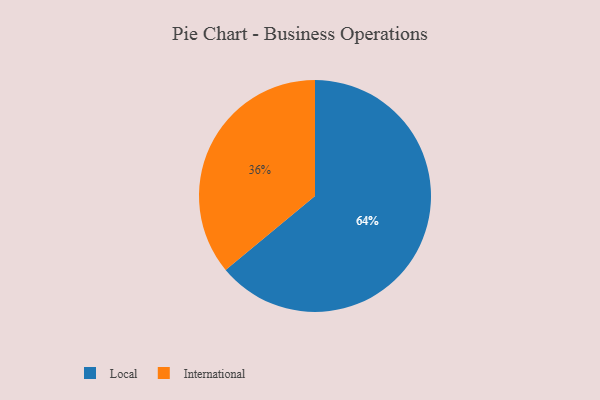
{"axis": {"x": "Category", "y": "Percentage"}, "legend": ["International", "Local"], "data": [{"x": "International", "y": 36, "type": "International"}, {"x": "Local", "y": 64, "type": "Local"}]}